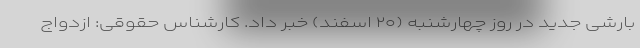
بارشی جدید در روز چهارشنبه (۲۰ اسفند) خبر داد. کارشناس حقوقی: ازدواج